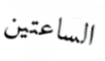
الساعتين